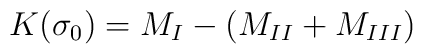
K(\sigma_0) = M_I - (M_{II} + M_{III})